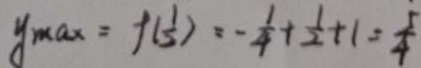
y _ { \max } = f ( \frac { 1 } { 2 } ) = - \frac { 1 } { 4 } + \frac { 1 } { 2 } + 1 = \frac { 5 } { 4 }